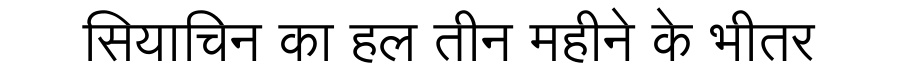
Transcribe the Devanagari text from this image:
सियाचिन का हल तीन महीने के भीतर